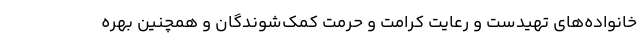
خانواده‌های تهیدست و رعایت کرامت و حرمت کمک‌شوندگان و همچنین بهره